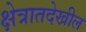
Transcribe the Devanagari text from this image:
क्षेत्रातदेखील